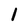
Character: 1